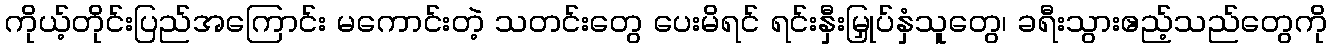
ကိုယ့်တိုင်းပြည်အကြောင်း မကောင်းတဲ့ သတင်းတွေ ပေးမိရင် ရင်းနှီးမြှုပ်နှံသူတွေ၊ ခရီးသွားဧည့်သည်တွေကို